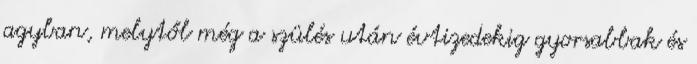
agyban, melytől még a szülés után évtizedekig gyorsabbak és